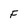
Character: F